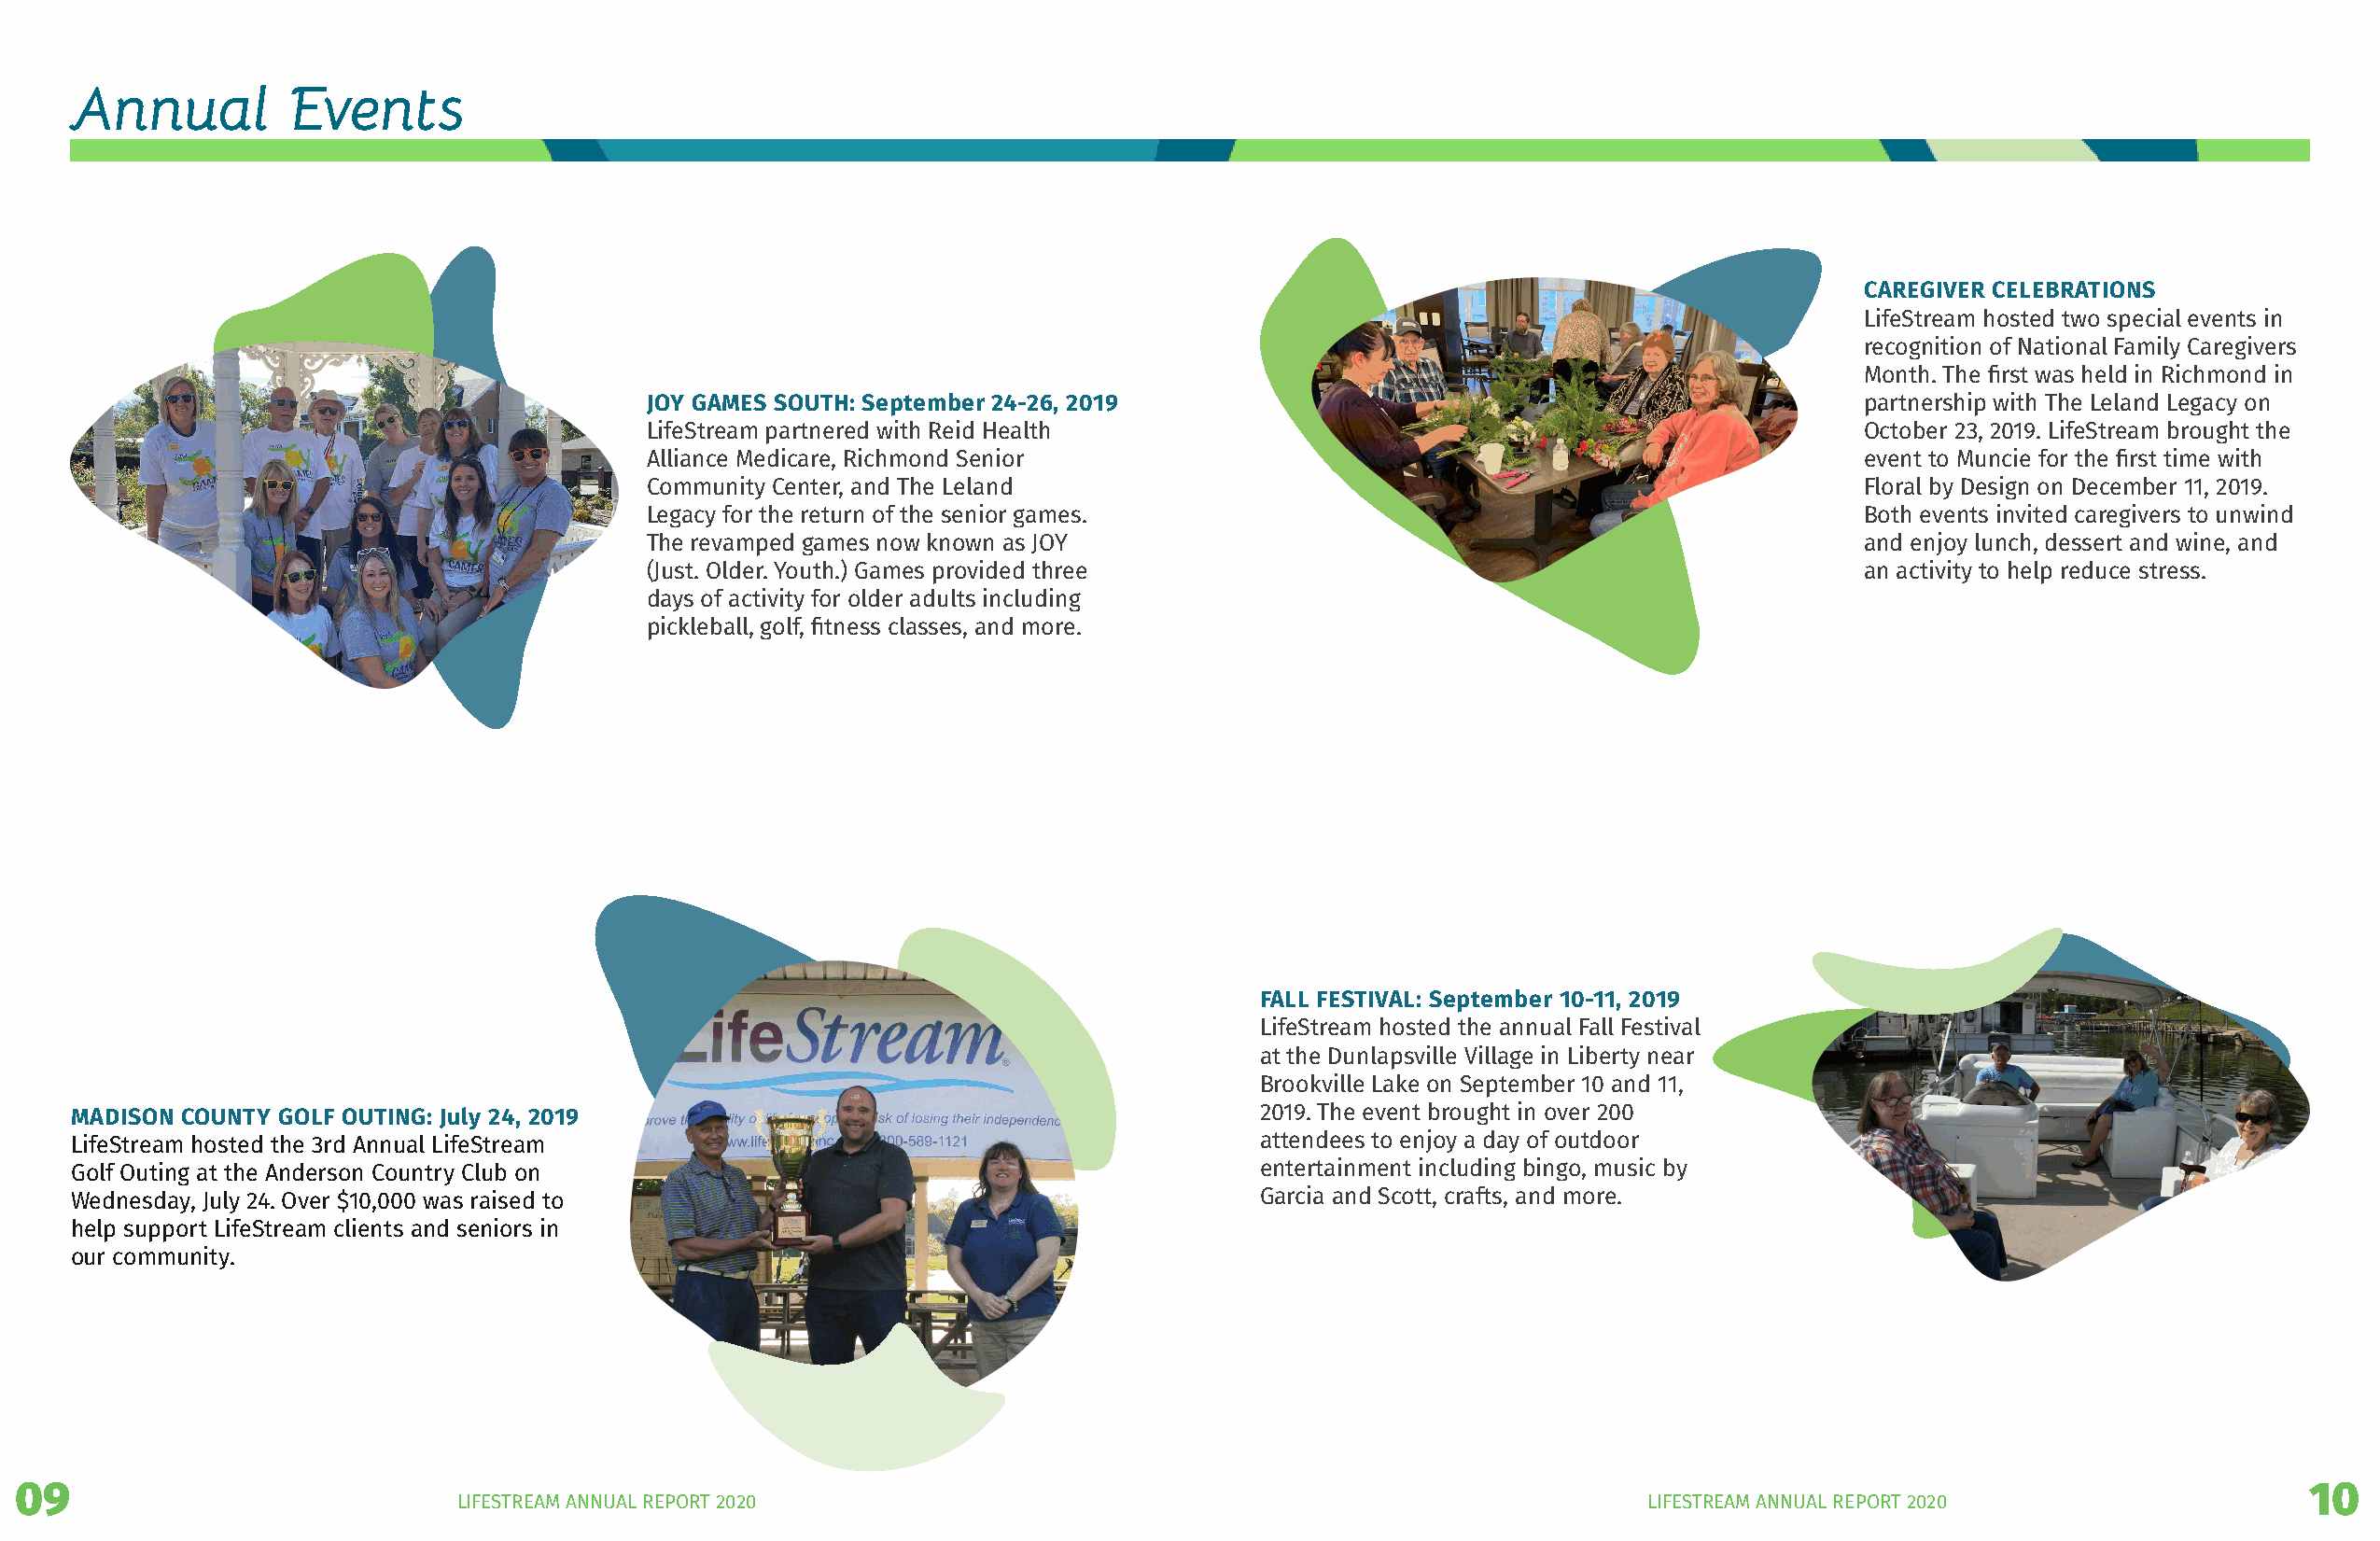
Annual         Events
 CAREGIVER CELEBRATIONS
 LifeStream hosted two special events in
 recognition of National Family Caregivers
 Month. The first was held in Richmond in
 JOY GAMES SOUTH: September 24-26, 2019                                                partnership with The Leland Legacy on
 LifeStream partnered with Reid Health                                                 October 23, 2019. LifeStream brought the
 Alliance Medicare, Richmond Senior                                                    event to Muncie for the first time with
 Community Center, and The Leland                                                      Floral by Design on December 11, 2019.
 Legacy for the return of the senior games.                                            Both events invited caregivers to unwind
 The revamped games now known as JOY                                                   and enjoy lunch, dessert and wine, and
 (Just. Older. Youth.) Games provided three                                            an activity to help reduce stress.
 days of activity for older adults including
 pickleball, golf, fitness classes, and more.
 FALL FESTIVAL: September 10-11, 2019
 LifeStream hosted the annual Fall Festival
 at the Dunlapsville Village in Liberty near
 Brookville Lake on September 10 and 11,
 MADISON COUNTY GOLF OUTING: July 24, 2019                                           2019. The event brought in over 200
 LifeStream hosted the 3rd Annual LifeStream                                         attendees to enjoy a day of outdoor
 Golf Outing at the Anderson Country Club on                                         entertainment including bingo, music by
 Wednesday, July 24. Over $10,000 was raised to                                      Garcia and Scott, crafts, and more.
 help support LifeStream clients and seniors in
 our community.
 09                                                                                                                                                                 10
 LIFESTREAM ANNUAL REPORT 2020                                                        LIFESTREAM ANNUAL REPORT 2020